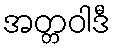
အတ္တဝါဒီ